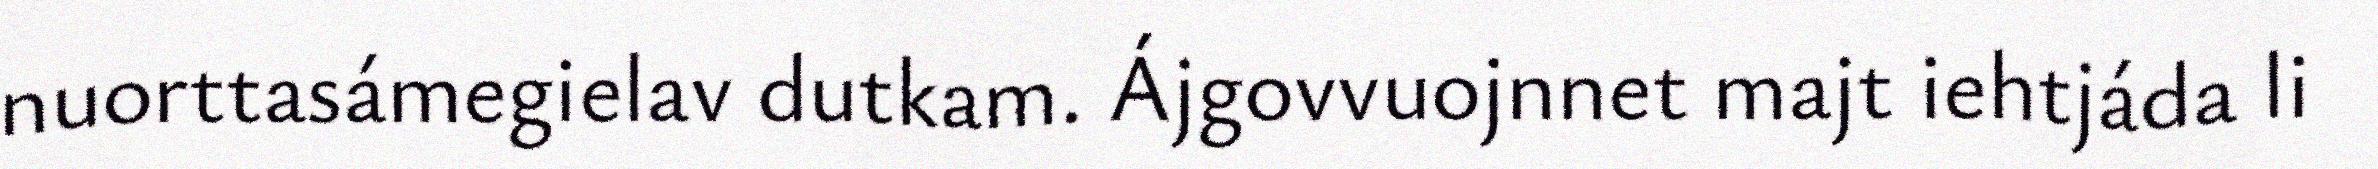
nuorttasámegielav dutkam. Ájgovvuojnnet majt iehtjáda li